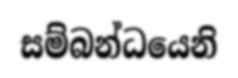
සම්බන්ධයෙනි